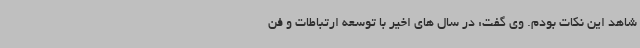
شاهد این نکات بودم. وی گفت: در سال های اخیر با توسعه ارتباطات و فن